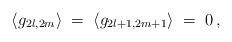
LaTeX: \begin{align*}\langle g_{2l,2m} \rangle \;=\;\langle g_{2l+1,2m+1} \rangle \;=\; 0\,,\end{align*}